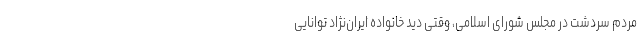
مردم سردشت در مجلس شورای اسلامی، وقتی دید خانواده ایران‌نژاد توانایی